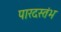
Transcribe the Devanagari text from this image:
पारदस्तंभ